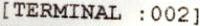
[TERMINAL :002]